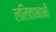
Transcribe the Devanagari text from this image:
ललिताभाभी